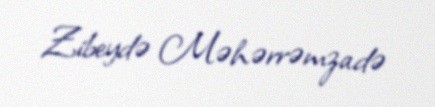
Zibeydə Məhərrəmzadə